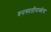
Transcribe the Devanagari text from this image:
वनस्पतीमध्येच